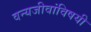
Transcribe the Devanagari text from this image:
वन्यजीवांविषयी